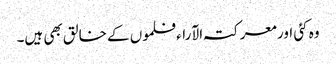
وہ کئی اور معرکتہ الآراء فلموں کے خالق بھی ہیں۔